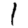
Digit: 1